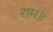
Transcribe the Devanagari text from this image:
राम॥